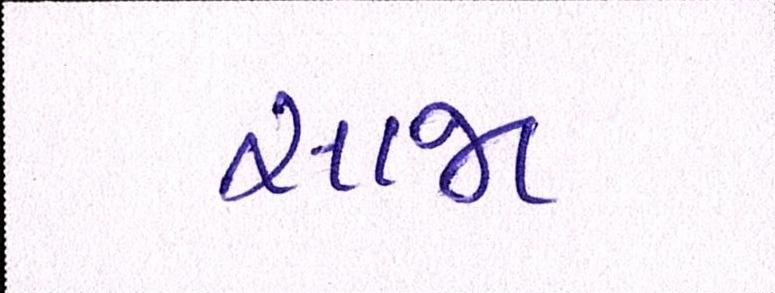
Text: સાજા